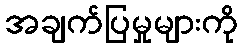
အချက်ပြမှုများကို